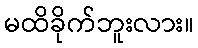
မထိခိုက်ဘူးလား။